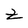
Character: Z